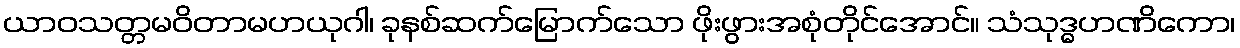
ယာဝသတ္တမဝိတာမဟယုဂါ၊ ခုနစ်ဆက်မြောက်သော ဖိုးဖွားအစုံတိုင်အောင်။ သံသုဒ္ဓဟဏိကော၊